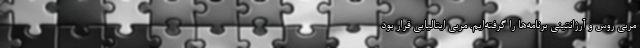
مربی روس و آرژانتینی برنامه‌ها را گرفته‌ایم. مربی ایتالیایی قرار بود